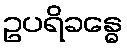
ဥပရိခန္ဓေ